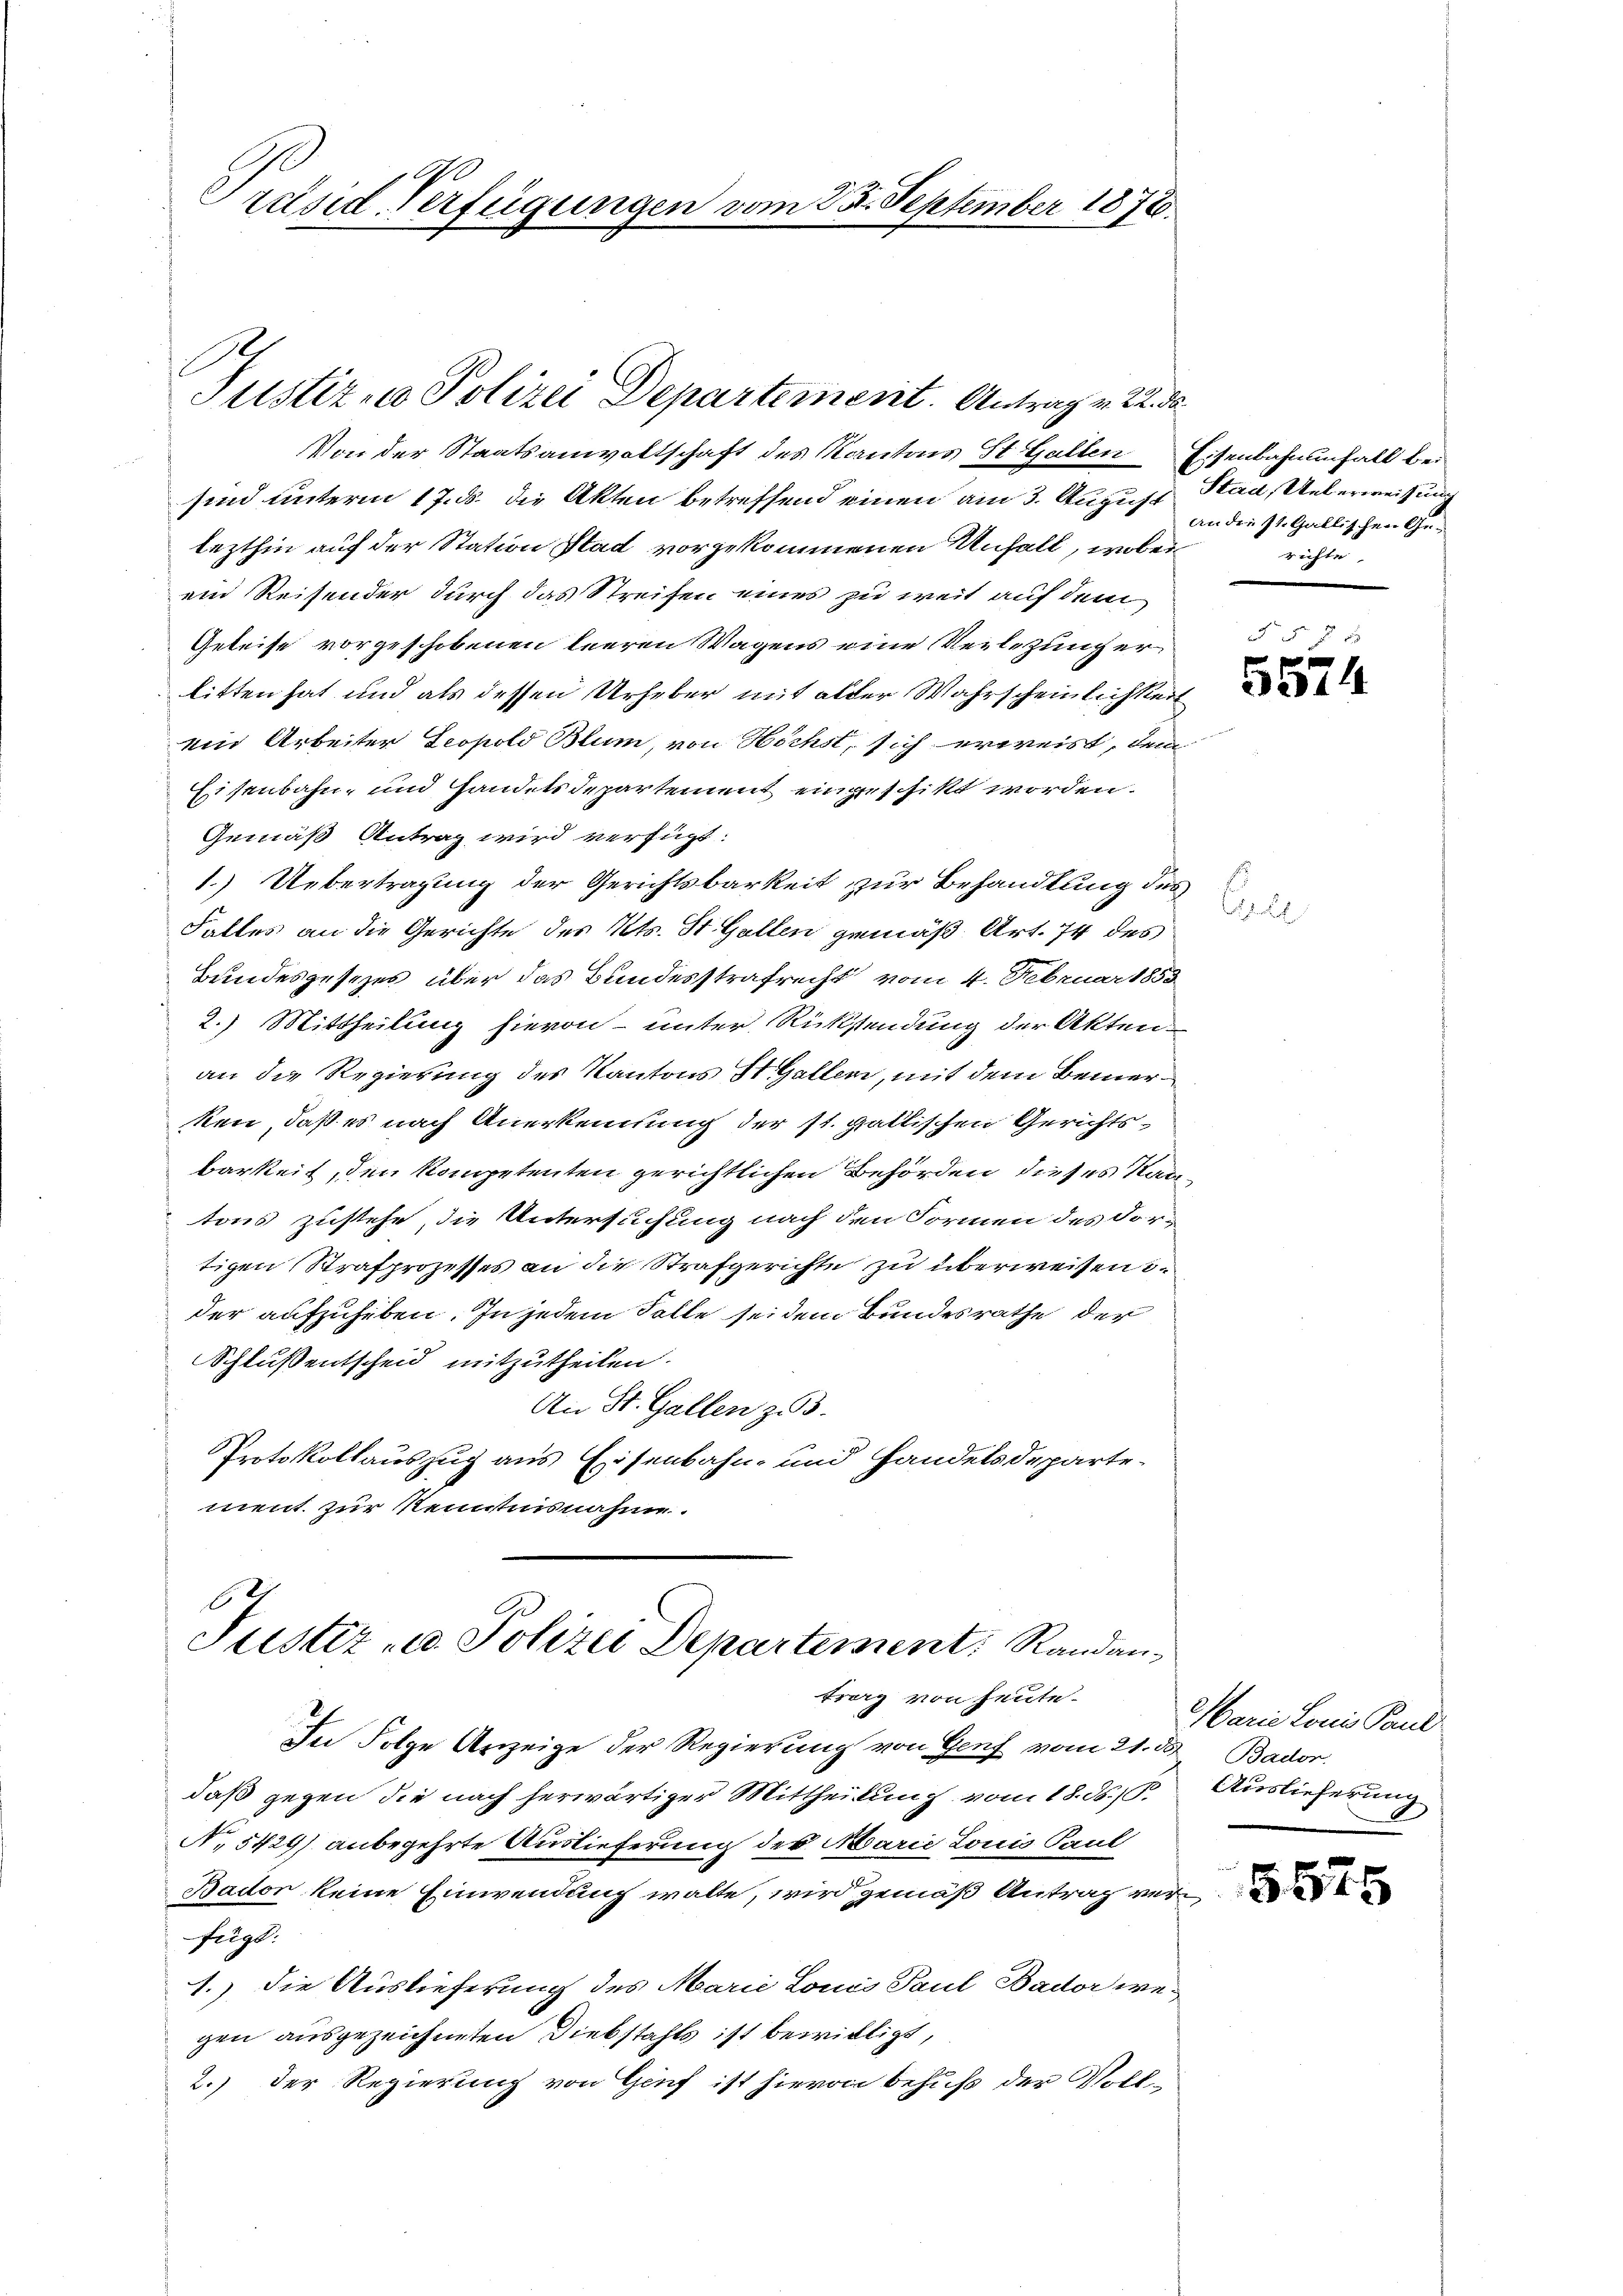
Präsid-Verfügungen vom 25. September 1878.

Justiz- & Polizei Departement. Antrag v. 22. de

62
Justiz- u. Polizei Departement: Randan¬

Von der Staatsanwaltschaft des Kantons St. Gallen Eisenbahnenfall bei
sind unterm 17. ds. die Akten betreffend einen am 3. August Stad, Ueberweisung
lezthin auf der Station Stad vorgekommenen Unfall, wobei
ein Reisender durch das Streifen eines zu weit auf dem
Geleise vorgeschobenen leeren Wagens eine Verlegung er
litten hat und als dessen Urheber mit alter Wahrscheinlichkeit
ein Arbeiter Leopold Blum, von Höchst, sich erweist, dem
Eisenbahn- und Handelsdepartement eingeschikt worden.
Gemäß Antrag wird verfügt:
1.) Uebertragung der Gerichtsbarkeit zur Behandlung des
Falles an die Gerichte des Kts. St. Gallen gemäß Art. 74 des
Bundesgesezes über das Bundesstrafrecht vom 4. Februar 1853
2.) Mittheilung hievon unter Rücksendung der Akten.
an die Regierung des Kantons St. Gallen, mit dem Bemerken, daß es nach Anerkennung der st. gallischen Gerichtsbarkeit, den Kompetenten gerichtlichen Behörden dieses Kantons zustehe, die Untersuchung nach den Formen des Fortigen Strafprozesses an die Strafgerichte zu überweisen i.
der aufzuheben. In jedem Solle sei dem Bundesrathe der
Schlussentscheid mitzutheilen.
An St. Gallen z. B.
Protokollauszug aus Eisenbahn- und Handelsdeparte-
ment zur Kenntnisnahme.

trag von heute.

In Folge Anzeige der Regierung von Genf vom 21. ds Bador
daß gegen die nach herwärtiger Mittheilung vom 18. ds. 15. Auslieferung
N. 5429) anbegehrte Auslieferung des Marie Louis Paul
Bador keine Einwendung walte, wird gemäß Antrag verfilge
1.) Die Auslieferung des Marie Lonis Paul Bader wegen ausgezeichneten Diebstahls ist bewilligt,
2.) Der Regierung von Genf ist hievon behuf der Voll-

andre st. Gallischen Gerichte

Cs

N 57 x

Marie Louis Pand

5575